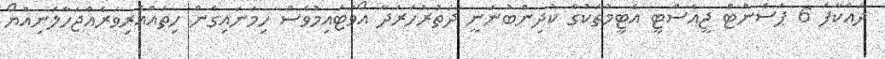
ދައްކާފަ 6 ޕަސެންޓް ޖީއެސްޓީ އެޓީމުތަކުގެ ކުދިންބުނަނީ ދަތުރުހަރަދާ އޯވަޓައިމުވެސް ހިމަނައިގެން ހިތައްއެރިވަރެއްޖަހާލަނިއްޔޯ